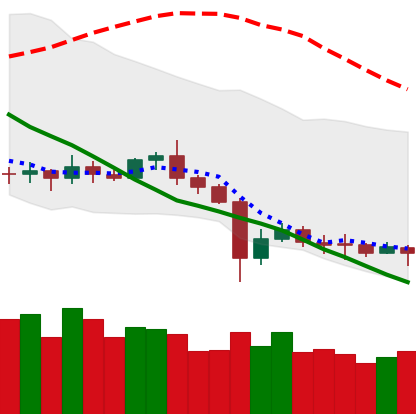
Ticker: ETC-USD
Chart end date: 2020-07-05
Forward return: 12.794%
Label: up_7plus